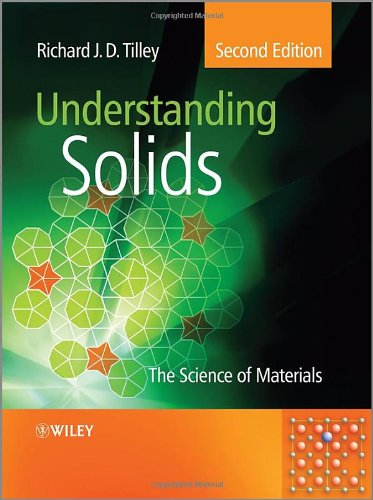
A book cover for Understanding Solids: The Science of Materials; Richard J. D. Tilley; Science & Math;